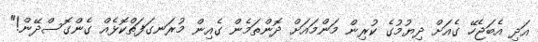
އަދި އެބަޖެހޭ ގެއަށް ދިޔުމުގެ ކުރިން މަންމައަށް ދޮންތަމެން ގެއިން މުރަނގަފަތްކޮޅެއް ގެންގޮސްދޭން!"